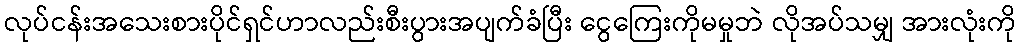
လုပ်ငန်းအသေးစားပိုင်ရှင်ဟာလည်းစီးပွားအပျက်ခံပြီး ငွေကြေးကိုမမှုဘဲ လိုအပ်သမျှ အားလုံးကို